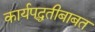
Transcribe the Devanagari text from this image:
कार्यपद्धतीबाबत